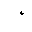
Letter: _hamza